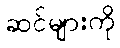
ဆင်များကို